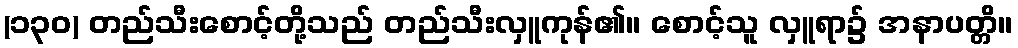
(၁၃၀) တည်သီးစောင့်တို့သည် တည်သီးလှူကုန်၏။ စောင့်သူ လှူရာ၌ အနာပတ္တိ။